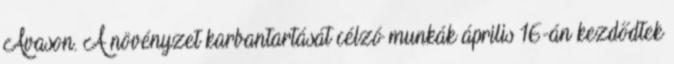
Avason. A növényzet karbantartását célzó munkák április 16-án kezdődtek